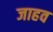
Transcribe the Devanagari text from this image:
जाहव